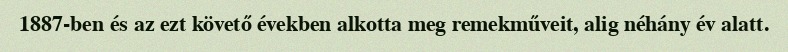
1887-ben és az ezt követő években alkotta meg remekműveit, alig néhány év alatt.